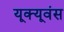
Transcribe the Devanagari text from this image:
यूक्यूवंस